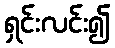
ရှင်းလင်း၍